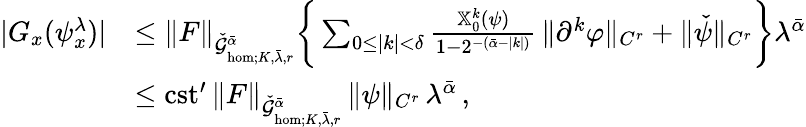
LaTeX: \begin{array}{rl}{|G_{x}(\psi_{x}^{\lambda})|}&{\le\| F\| _{\check{\mathcal{G}}_{\mathrm{hom};K,\bar{\lambda},r}^{\bar{\alpha}}}\bigg\{ \sum_{0\le|k|<\delta}\frac{\mathbb{X}_{0}^{k}(\psi)}{1-2^{-(\bar{\alpha}-|k|)}}\, \| \partial^{k}\varphi\| _{C^{r}}+\| \check{\psi}\| _{C^{r}}\bigg\} \lambda^{\bar{\alpha}}}\\ &{\le\mathrm{cst^{\prime}}\, \| F\| _{\check{\mathcal{G}}_{\mathrm{hom};K,\bar{\lambda},r}^{\bar{\alpha}}}\, \| \psi\| _{C^{r}}\, \lambda^{\bar{\alpha}}\, ,}\end{array}